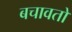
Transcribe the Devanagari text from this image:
बचावतो